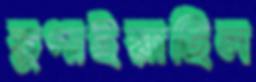
ভুগাইয়াছিল